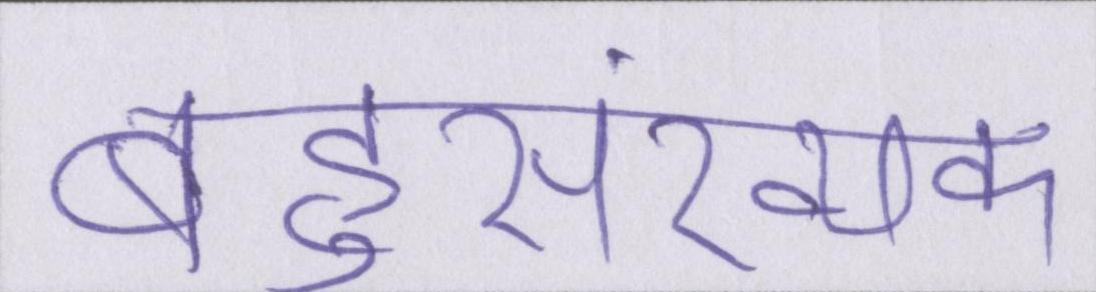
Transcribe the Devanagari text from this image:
बहुसंख्यक